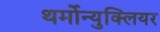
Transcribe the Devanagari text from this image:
थर्मोन्युक्लियर